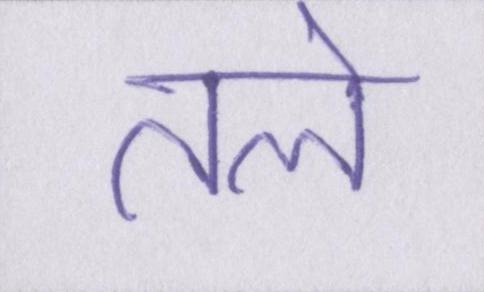
तले